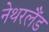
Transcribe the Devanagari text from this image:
नेथरलैंड